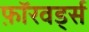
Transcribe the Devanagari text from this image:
फ़ॉरवर्ड्स